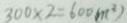
3 0 0 \times 2 = 6 0 0 ( m ^ { 3 } )